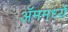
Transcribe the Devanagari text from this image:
ॲममध्ये